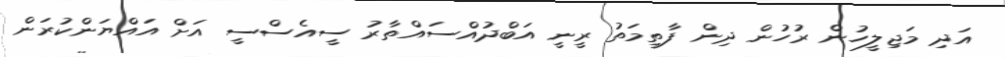
އަދި މަޖިލީހުން ރުހުން ދިން ފާތިމަތު ރީނީ އަބްދުއްސައްތާރު ސީއެސްސީ އަށް އައްޔަންކުރަން